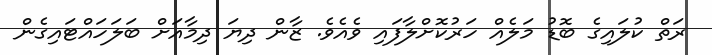
ރަތް ކުލައިގެ ބޮޑު މަލެއް ހަރުކޮށްލާފައި ވެއެވެ. ޒާން ދިޔަ ދިމާއަށް ބަލަހައްޓައިގެން